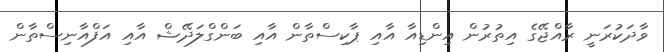
ވާދަކުރަނީ ރާއްޖޭގެ އިތުރުން އިންޑިއާ އާއި ޕާކިސްތާން އާއި ބަންގްލަދޭޝް އާއި އަފްއާނިސްތާން